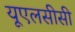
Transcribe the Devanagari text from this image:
यूएलसीसी